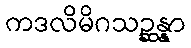
ကဒလိမိဂသဉ္ဆန္နာ